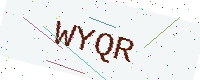
Text: WYQR